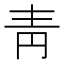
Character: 靑